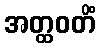
အတ္ထဝတိံ